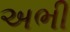
અભી